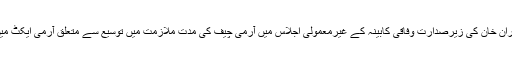
یاد رہے گذشتہ روز وزیراعظم عمران خان کی زیرصدارت وفاقی کابینہ کے غیرمعمولی اجلاس میں آرمی چیف کی مدت ملازمت میں توسیع سے متعلق آرمی ایکٹ میں ترمیم کی منظوری دی گئی تھی۔